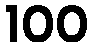
100